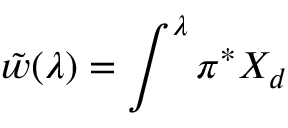
\tilde { w } ( \lambda ) = \int ^ { \lambda } \pi ^ { * } X _ { d }